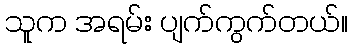
သူက အရမ်း ပျက်ကွက်တယ်။